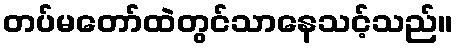
တပ်မတော်ထဲတွင်သာနေသင့်သည်။